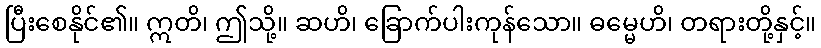
ပြီးစေနိုင်၏။ ဣတိ၊ ဤသို့။ ဆဟိ၊ ခြောက်ပါးကုန်သော။ ဓမ္မေဟိ၊ တရားတို့နှင့်။